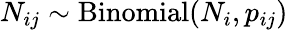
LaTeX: N_{ij}\sim\mathrm{Binomial}(N_{i},p_{ij})